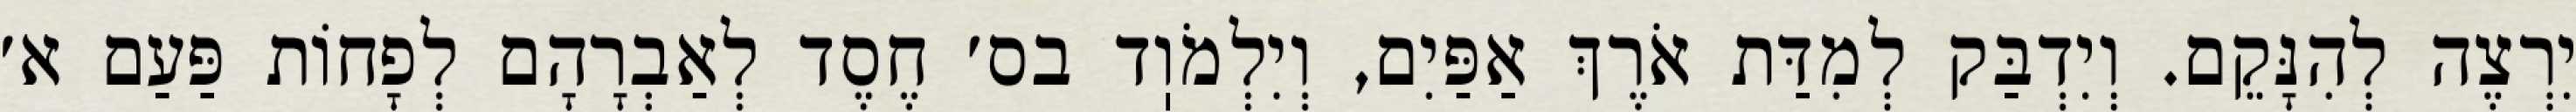
יִרְצֶה לְהִנָּקֵם. וְיִדְבַּק לְמִדַּת אֹרֶךְ אַפַּיִם, וְיִלְמֹוֽד בס׳ חֶסֶד לְאַבְרָהָם לְפָחוֹת פַּעַם א׳